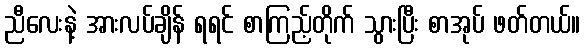
ညီလေးနဲ့ အားလပ်ချိန် ရရင် စာကြည့်တိုက် သွားပြီး စာအုပ် ဖတ်တယ်။